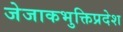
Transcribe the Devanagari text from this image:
जेजाकभुक्तिप्रदेश